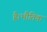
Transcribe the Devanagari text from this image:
है।भौतिक